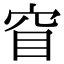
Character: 窅